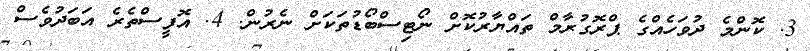
3. ކޮންމެ ދުވަހެއްގެ ޕްރޮގުރާމް ތައްޔާރުކޮށް ނޯޓިސްބޯޑުތަކަށް ނެރުން. 4. އޮފީސްތެރެ އަބަދުވެސް